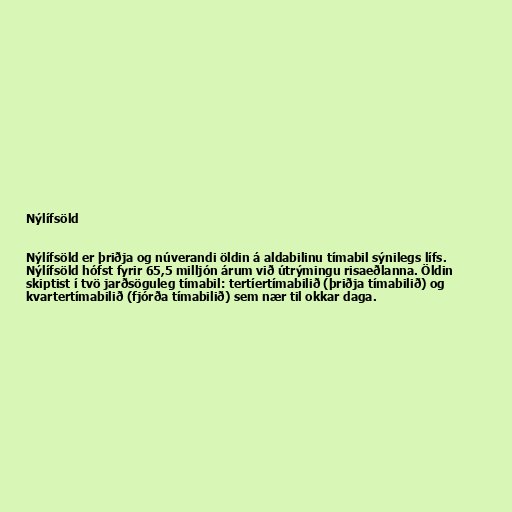
Nýlífsöld

Nýlífsöld er þriðja og núverandi öldin á aldabilinu tímabil sýnilegs lífs.
Nýlífsöld hófst fyrir 65,5 milljón árum við útrýmingu risaeðlanna. Öldin
skiptist í tvö jarðsöguleg tímabil: tertíertímabilið (þriðja tímabilið) og
kvartertímabilið (fjórða tímabilið) sem nær til okkar daga.